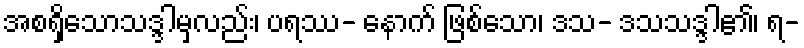
အစရှိသောသဒ္ဒါမှလည်း၊ ပရဿ- နောက် ဖြစ်သော၊ ဒသ- ဒသသဒ္ဒါ၏၊ ရ-